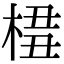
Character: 𣔖